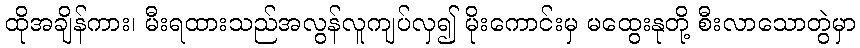
ထိုအချိန်ကား၊ မီးရထားသည်အလွန်လူကျပ်လှ၍ မိုးကောင်းမှ မထွေးနုတို့ စီးလာသောတွဲမှာ